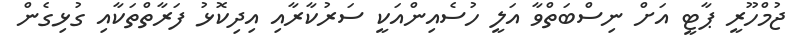
ޖުމްހޫރީ ޕާޓީ އަށް ނިސްބަތްވާ އަލީ ހުސެއިންއަކީ ސަރުކާރާއި އިދިކޮޅު ފަރާތްތަކާއި ގުޅިގެން